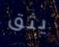
يثق